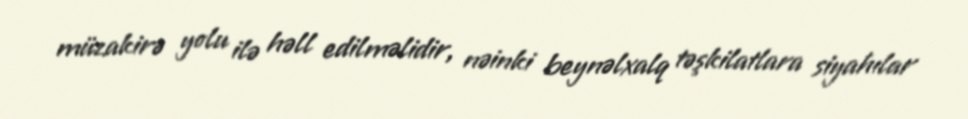
müzakirə yolu ilə həll edilməlidir, nəinki beynəlxalq təşkilatlara siyahılar